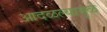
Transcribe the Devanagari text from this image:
आदळल्यामुळे